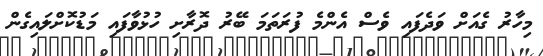
މިހާރު ގެއަށް ވަދެފައި ވެސް އެންމެ ފުރަތަމަ ބޭރު ދޮރާށި ހުޅުވާފައި މަޑުކޮށްލައިގެން